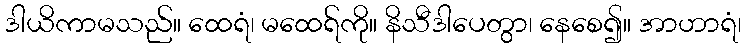
ဒါယိကာမသည်။ ထေရံ၊ မထေရ်ကို။ နိသီဒါပေတွာ၊ နေစေ၍။ အာဟာရံ၊